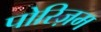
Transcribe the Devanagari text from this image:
पोरिज़म